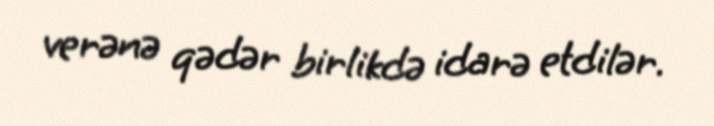
verənə qədər birlikdə idarə etdilər.